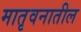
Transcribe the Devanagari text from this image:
मातृवनातील